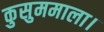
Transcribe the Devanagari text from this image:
कुसुममाला।